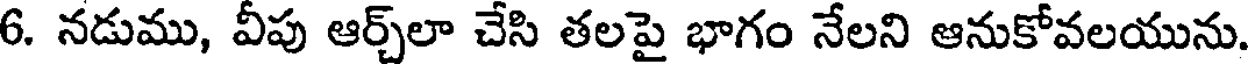
6. నడుము, వీపు ఆర్చ్లా చేసి తలపై భాగం నేలని ఆనుకోవలయును.